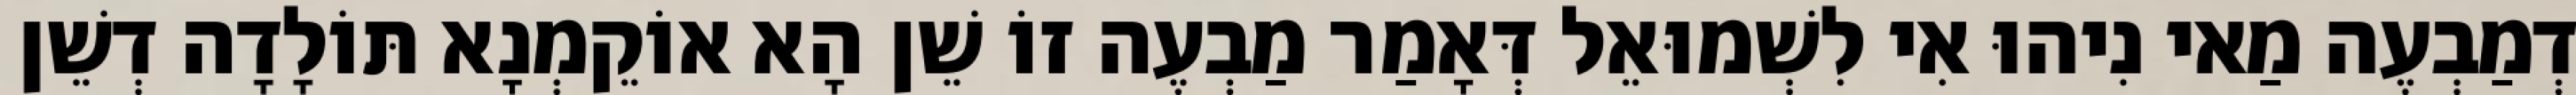
דְמַבְעֶה מַאי נִיהוּ אִי לִשְׁמוּאֵל דְּאָמַר מַבְעֶה זוֹ שֵׁן הָא אוֹקֵמְנָא תּוֹלָדָה דְשֵׁן